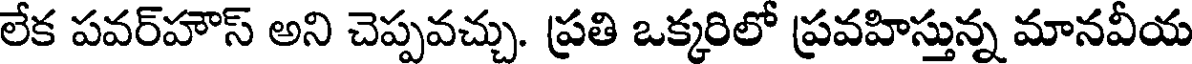
లేక పవర్హౌస్ అని చెప్పవచ్చు. ప్రతి ఒక్కరిలో ప్రవహిస్తున్న మానవీయ